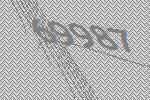
69987